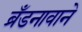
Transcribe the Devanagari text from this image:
ब्रँडनावाने